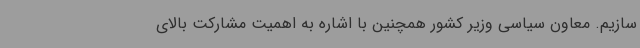
سازیم. معاون سیاسی وزیر کشور همچنین با اشاره به اهمیت مشارکت بالای